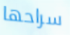
سراحها